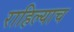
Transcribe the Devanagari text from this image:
राहिल्याच